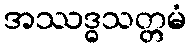
အဿဒ္ဓသတ္တမံ